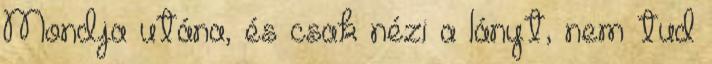
Mondja utána, és csak nézi a lányt, nem tud